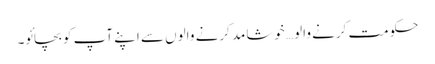
حکومت کرنے والو… خوشامد کرنے والوں سے اپنے آپ کو بچائو۔